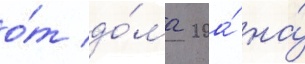
о́т до́ма 20а́ на́